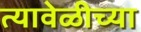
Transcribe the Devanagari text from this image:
त्यावेळीच्या